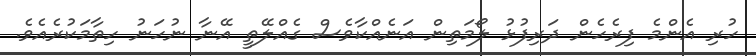
ހުރި އެންމެ ފިރެހެން ދަރިފުޅު ލޯމަތިން އަނެއްކާވެސް ގެއްލޭތީ އޭނާ ނުހަނު ހިތާމަކުރެއެވެ.